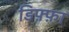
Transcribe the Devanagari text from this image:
डिफ़्फ़ा